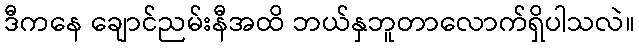
ဒီကနေ ချောင်ညမ်းနီအထိ ဘယ်နှဘူတာလောက်ရှိပါသလဲ။